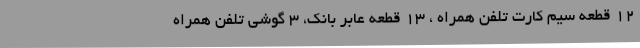
۱۲ قطعه سیم کارت تلفن همراه ، ۱۳ قطعه عابر بانک، ۳ گوشی تلفن همراه